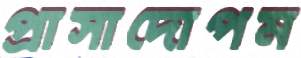
প্রাসাদোপম